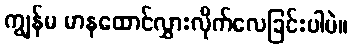
ကျွန်မ မာနထောင်လွှားလိုက်လေခြင်းပါပဲ။